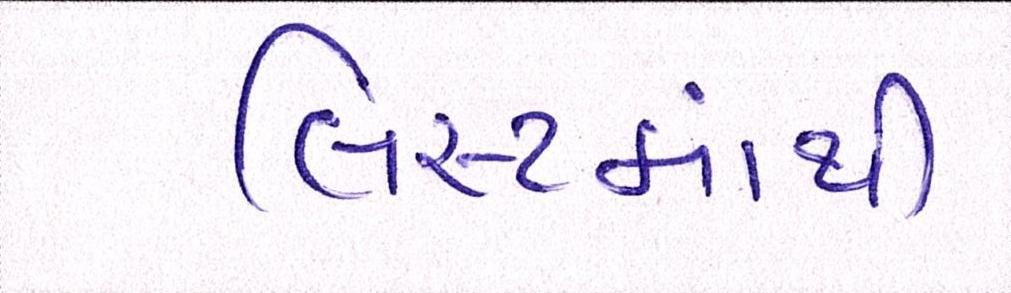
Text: લિસ્ટમાંથી